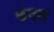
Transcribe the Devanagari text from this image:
छंदत